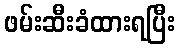
ဖမ်းဆီးခံထားရပြီး